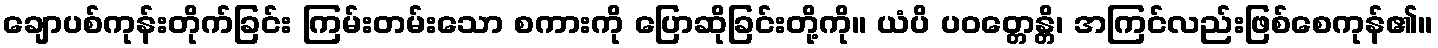
ချောပစ်ကုန်းတိုက်ခြင်း ကြမ်းတမ်းသော စကားကို ပြောဆိုခြင်းတို့ကို။ ယံပိ ပဝတ္တေန္တိ၊ အကြင်လည်းဖြစ်စေကုန်၏။